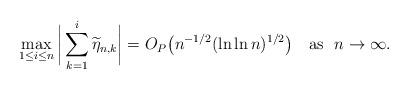
LaTeX: \begin{align*}\max_{1\le i\le n} \bigg|\sum_{k=1}^i \widetilde \eta_{n,k}\bigg|= O_P \big( n^{-1/2 }(\ln\ln n)^{1/2 }\big) \quad\mbox{as \ } n\to\infty.\end{align*}